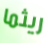
ريثما